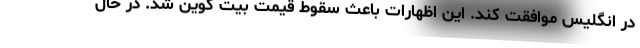
در انگلیس موافقت کند. این اظهارات باعث سقوط قیمت بیت کوین شد. در حال